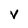
Character: V